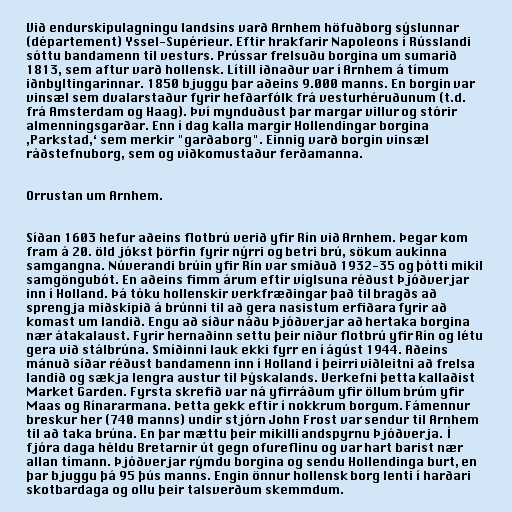
Við endurskipulagningu landsins varð Arnhem höfuðborg sýslunnar
(département) Yssel-Supérieur. Eftir hrakfarir Napoleons í Rússlandi
sóttu bandamenn til vesturs. Prússar frelsuðu borgina um sumarið
1813, sem aftur varð hollensk. Lítill iðnaður var í Arnhem á tímum
iðnbyltingarinnar. 1850 bjuggu þar aðeins 9.000 manns. En borgin var
vinsæl sem dvalarstaður fyrir hefðarfólk frá vesturhéruðunum (t.d.
frá Amsterdam og Haag). Því mynduðust þar margar villur og stórir
almenningsgarðar. Enn í dag kalla margir Hollendingar borgina
‚Parkstad,‘ sem merkir "garðaborg". Einnig varð borgin vinsæl
ráðstefnuborg, sem og viðkomustaður ferðamanna.

Orrustan um Arnhem.

Síðan 1603 hefur aðeins flotbrú verið yfir Rín við Arnhem. Þegar kom
fram á 20. öld jókst þörfin fyrir nýrri og betri brú, sökum aukinna
samgangna. Núverandi brúin yfir Rín var smíðuð 1932-35 og þótti mikil
samgöngubót. En aðeins fimm árum eftir víglsuna réðust Þjóðverjar
inn í Holland. Þá tóku hollenskir verkfræðingar það til bragðs að
sprengja miðskipið á brúnni til að gera nasistum erfiðara fyrir að
komast um landið. Engu að síður náðu Þjóðverjar að hertaka borgina
nær átakalaust. Fyrir hernaðinn settu þeir niður flotbrú yfir Rín og létu
gera við stálbrúna. Smíðinni lauk ekki fyrr en í ágúst 1944. Aðeins
mánuð síðar réðust bandamenn inn í Holland í þeirri viðleitni að frelsa
landið og sækja lengra austur til Þýskalands. Verkefni þetta kallaðist
Market Garden. Fyrsta skrefið var ná yfirráðum yfir öllum brúm yfir
Maas og Rínararmana. Þetta gekk eftir í nokkrum borgum. Fámennur
breskur her (740 manns) undir stjórn John Frost var sendur til Arnhem
til að taka brúna. En þar mættu þeir mikilli andspyrnu Þjóðverja. Í
fjóra daga héldu Bretarnir út gegn ofureflinu og var hart barist nær
allan tímann. Þjóðverjar rýmdu borgina og sendu Hollendinga burt, en
þar bjuggu þá 95 þús manns. Engin önnur hollensk borg lenti í harðari
skotbardaga og ollu þeir talsverðum skemmdum.